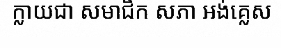
ក្លាយជា សមាជិក សភា អង់គ្លេស